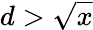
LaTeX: d>{\sqrt{x}}